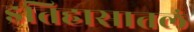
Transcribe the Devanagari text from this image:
इतिहासातलं